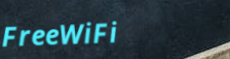
FreeWiFi